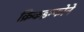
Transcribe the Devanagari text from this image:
क्रिकइन्फोने